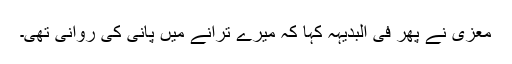
معزی نے پھر فی البدیہہ کہا کہ میرے ترانے میں پانی کی روانی تھی۔